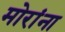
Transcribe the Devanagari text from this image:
मोरांना